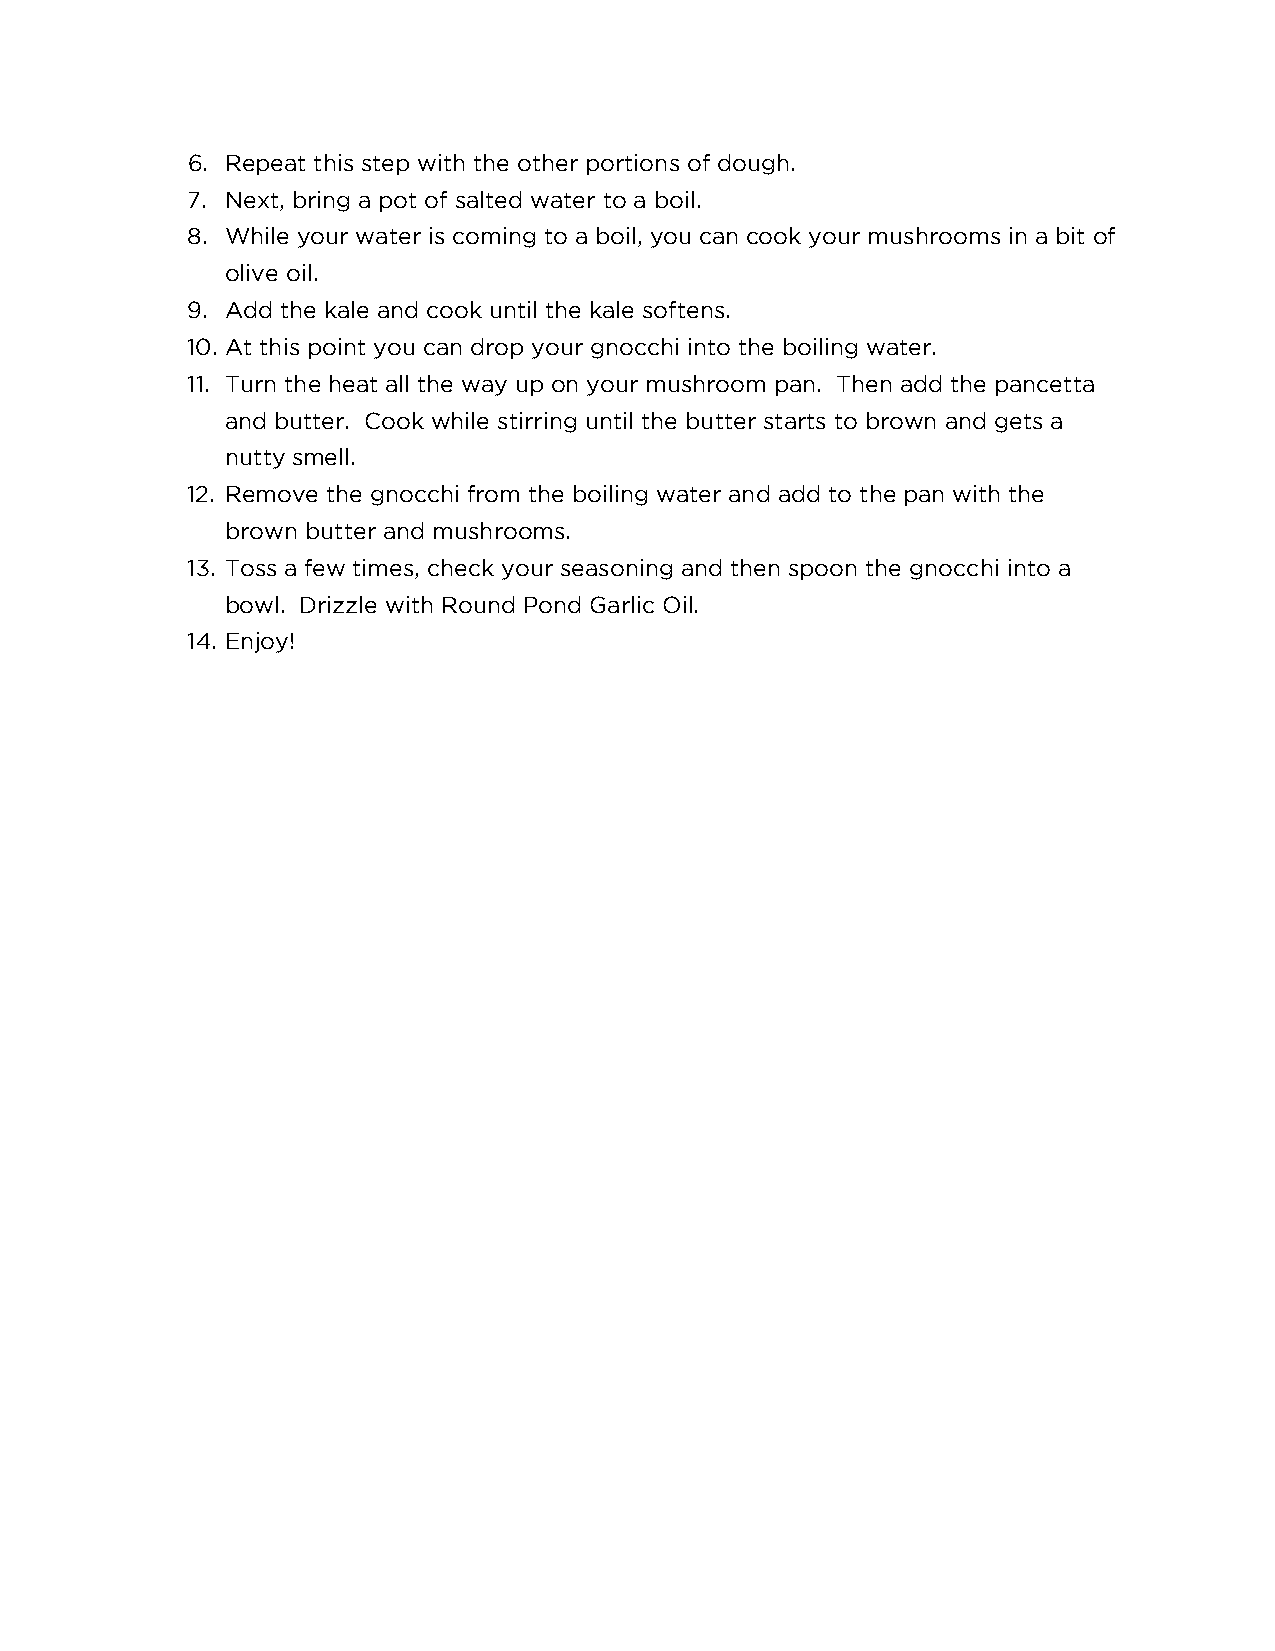
6. Repeat this step with the other portions of dough.
 7. Next, bring a pot of salted water to a boil.
 8. While your water is coming to a boil, you can cook your mushrooms in a bit of
 olive oil.
 9. Add the kale and cook until the kale softens.
 10. At this point you can drop your gnocchi into the boiling water.
 11. Turn the heat all the way up on your mushroom pan. Then add the pancetta
 and butter. Cook while stirring until the butter starts to brown and gets a
 nutty smell.
 12. Remove the gnocchi from the boiling water and add to the pan with the
 brown butter and mushrooms.
 13. Toss a few times, check your seasoning and then spoon the gnocchi into a
 bowl. Drizzle with Round Pond Garlic Oil.
 14. Enjoy!